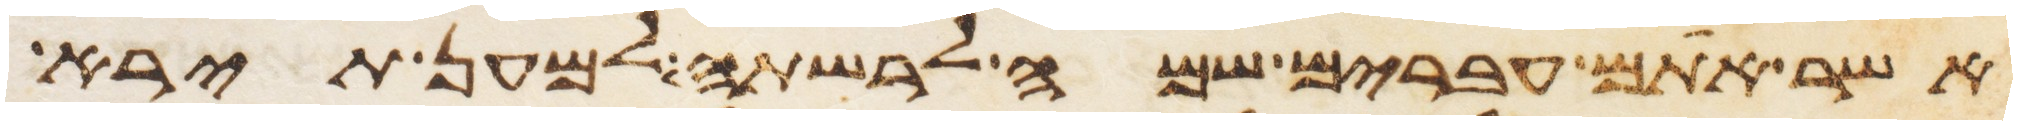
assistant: אשר אתם עברים שמה לרשתה למען תירא